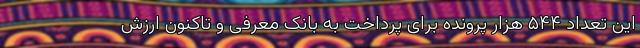
این تعداد ۵۴۴ هزار پرونده برای پرداخت به بانک معرفی و تاکنون ارزش